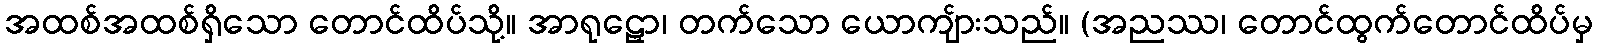
အထစ်အထစ်ရှိသော တောင်ထိပ်သို့။ အာရုဠှော၊ တက်သော ယောကျ်ားသည်။ (အညဿ၊ တောင်ထွက်တောင်ထိပ်မှ